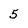
Character: 5